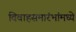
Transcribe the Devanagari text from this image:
विवाहसमारंभांमध्ये